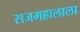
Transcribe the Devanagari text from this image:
राजमहालाला